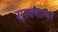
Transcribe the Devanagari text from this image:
सुरक्शावर